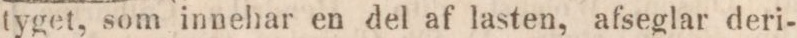
tyget, som innehar en del af lasten, afseglar deri-